画像に写った文字を読んでください
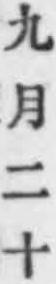
「九月二十」と書いてあります